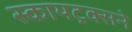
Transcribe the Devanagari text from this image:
स्कायट्रक्सने